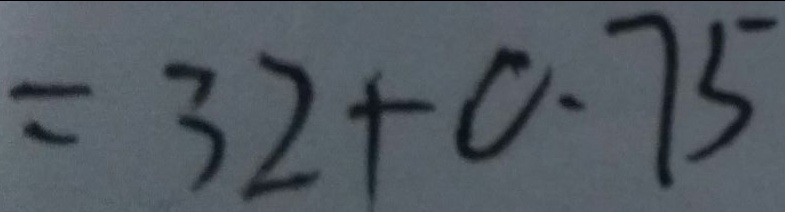
= 3 2 + 0 . 7 5